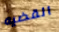
القضيه